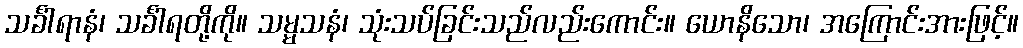
သင်္ခါရာနံ၊ သင်္ခါရတို့ကို။ သမ္မသနံ၊ သုံးသပ်ခြင်းသည်လည်းကောင်း။ ယောနိသော၊ အကြောင်းအားဖြင့်။